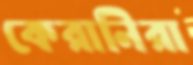
কেরানিরা